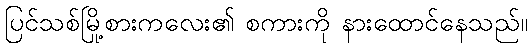
ပြင်သစ်မြို့စားကလေး၏ စကားကို နားထောင်နေသည်။